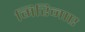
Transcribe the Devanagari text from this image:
मिरिनाए